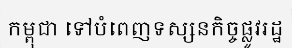
កម្ពុជា ទៅបំពេញទស្សនកិច្ចផ្លូវរដ្ឋ